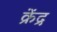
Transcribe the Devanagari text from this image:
क्रेंद्र